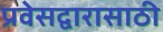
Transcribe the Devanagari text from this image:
प्रवेसद्वारासाठी